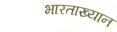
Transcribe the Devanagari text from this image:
भारताख्यान